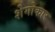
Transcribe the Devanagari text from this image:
शेगोकार